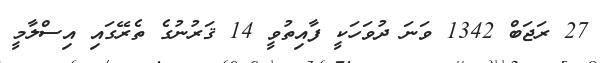
27 ރަޖަބް 1342 ވަނަ ދުވަހަކީ ފާއިތުވީ 14 ޤަރުނުގެ ތެރޭގައި އިސްލާމީ